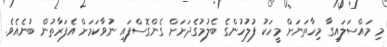
މި މައްސަލައިގާ މިހާތަނަށް މީހަކު ފުލުހުންގެ ބެލުމުގެދަށަށް ގެންގޮސްފައި ނުވާކަމަށް އެފަރާތުން ބުނެއެވެ.